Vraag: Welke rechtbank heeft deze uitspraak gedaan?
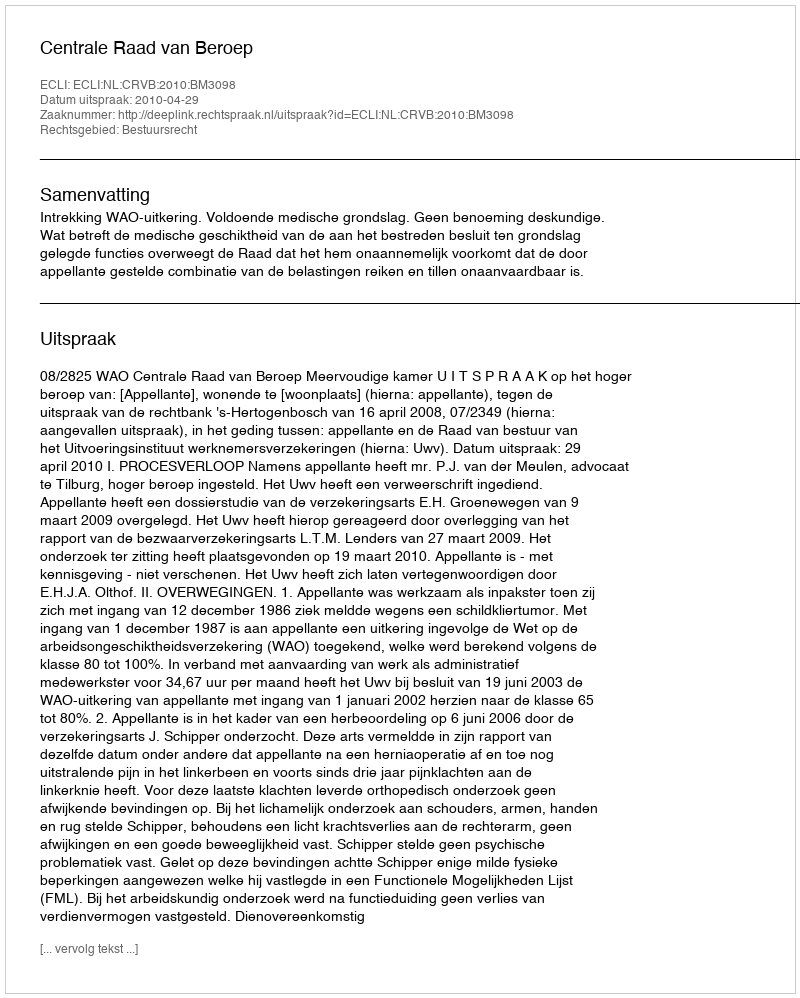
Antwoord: Centrale Raad van Beroep